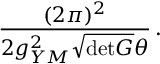
\frac { ( 2 \pi ) ^ { 2 } } { 2 g _ { Y M } ^ { 2 } \sqrt { \mathrm { d e t } G } \theta } \, .